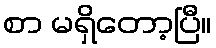
စာ မရှိတော့ပြီ။